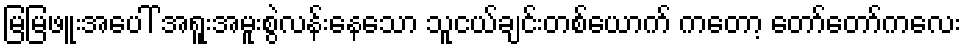
မြမြဖူးအပေါ် အရူးအမူးစွဲလန်းနေသော သူငယ်ချင်းတစ်ယောက် ကတော့ တော်တော်ကလေး